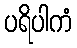
ပရိပါကံ